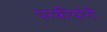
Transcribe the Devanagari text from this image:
परकीयांनी